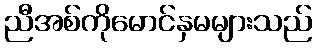
ညီအစ်ကိုမောင်နှမများသည်